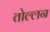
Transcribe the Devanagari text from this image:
तोल्लन